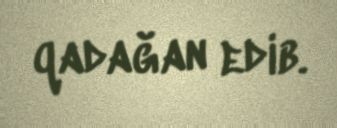
qadağan edib.